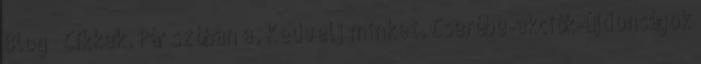
Blog Cikkek. Pár szóban a. Kedvelj minket. Cserébe-akciók-újdonságok